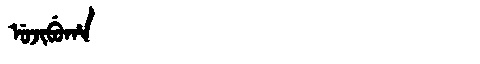
Manchu: ᡠᠵᡳᠪᡠᡥᠠ
Romanization: UJIBUHA